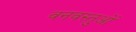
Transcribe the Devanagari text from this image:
वनवस्तुओं